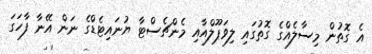
އެ ގޮތުން މިސާލެއްގެ ގޮތުގައި ލިވަޕޫލްއާއި މެންޗެސްޓާ ޔުނައިޓެޑްގެ ނަން އޭނާ ފާހަގަ